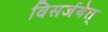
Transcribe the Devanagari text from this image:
विसर्जयेत्